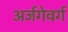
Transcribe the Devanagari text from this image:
अर्जगेवर्ग